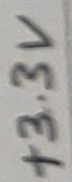
Text: +3.3V